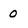
Character: 0